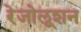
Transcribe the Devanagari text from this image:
रेजोलूशन